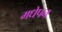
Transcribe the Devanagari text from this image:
मधेपन